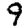
Digit: 9